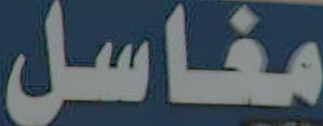
مغاسل